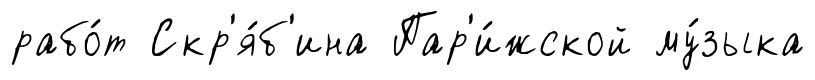
рабо́т Скр'я́б'ина Пар'и́жской му́зыка